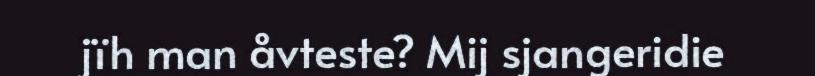
jïh man åvteste? Mij sjangeridie